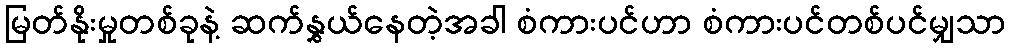
မြတ်နိုးမှုတစ်ခုနဲ့ ဆက်နွှယ်နေတဲ့အခါ စံကားပင်ဟာ စံကားပင်တစ်ပင်မျှသာ